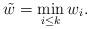
LaTeX: \begin{align*}\tilde{w} = \min_{i \leq k} w_i.\end{align*}